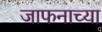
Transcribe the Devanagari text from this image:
जाफनाच्या